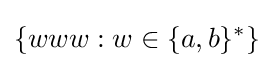
\{www:w\in \{a,b\}^{*}\}